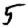
Digit: 5